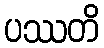
ပဿတိ